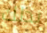
بذلك